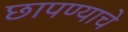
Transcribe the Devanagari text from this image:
छापण्याचे